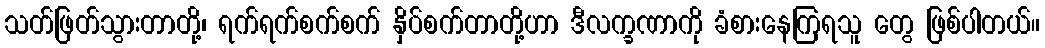
သတ်ဖြတ်သွားတာတို့၊ ရက်ရက်စက်စက် နှိပ်စက်တာတို့ဟာ ဒီလက္ခဏာကို ခံစားနေကြရသူ တွေ ဖြစ်ပါတယ်။